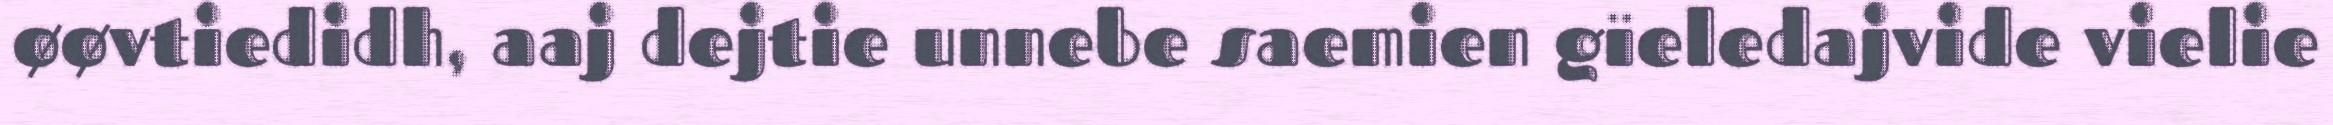
øøvtiedidh, aaj dejtie unnebe saemien gïeledajvide vielie